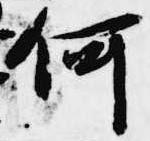
何